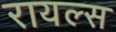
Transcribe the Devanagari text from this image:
रायल्स